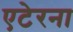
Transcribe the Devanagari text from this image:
एटेरना